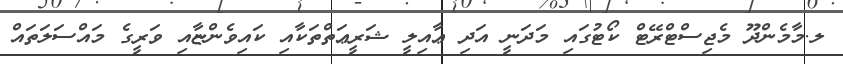
ލ.މާމެންދޫ މެޖިސްޓްރޭޓް ކޯޓުގައި މަދަނީ އަދި ޢާއިލީ ޝަރީޢަތްތަކާއި ކައިވެންޏާއި ވަރީގެ މައްސަލަތައް